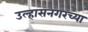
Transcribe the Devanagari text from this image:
उल्हासनगरच्या